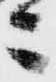
々